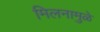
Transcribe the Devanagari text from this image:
मिलनामुळे